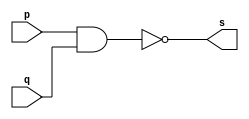
// -------------------------
// Exercicio01 - NAND
// Nome: Djonatas Tulio Rodrigues Costa
// -------------------------

// -------------------------
// -- nand gate
// -------------------------
module nandgate (output s, input p, input q);
	assign s = ~(p & q);
endmodule // nandgate

// -------------------------
// -- test nand gate
// -------------------------
module testnandgate;
// ------------------------- dados locais
	reg a, b;		// definir registrador
				// (variavel independente)
	wire s;			// definir conexao (fio)
				// (variavel dependente)
// ------------------------- instancia
	nandgate NAND1 (s, a, b);
// ------------------------- preparacao
	initial begin:start
		a=0; b=0;
	end
// ------------------------- parte principal
	initial begin:main
		$display("Exercicio01 - Djonatas Tulio Rodrigues Costa - 440954");
		$display("Test NAND gate");
		$display("\n~(a & b) = s\n");
	#1 $display("~(%b & %b) = %b", a, b, s);
		a=0; b=1;
	#1 $display("~(%b & %b) = %b", a, b, s);
		a=1; b=0;
	#1 $display("~(%b & %b) = %b", a, b, s);
		a=1; b=1;
	#1 $display("~(%b & %b) = %b", a, b, s);
	end
	
endmodule // testnandgate